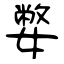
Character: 嫳